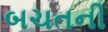
બચતની